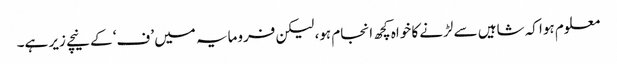
معلوم ہوا کہ شاہیں سے لڑنے کا خواہ کچھ انجام ہو، لیکن فرومایہ میں ’ف‘ کے نیچے زیر ہے۔